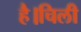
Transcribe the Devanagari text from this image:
है।चिली